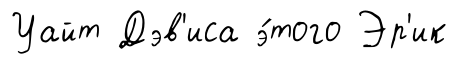
Уайт Дэв'иса э́того Эр'ик